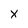
Character: X